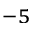
^ { - 5 }